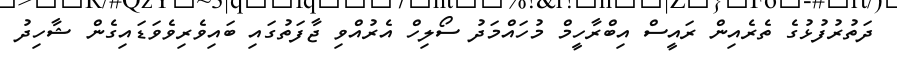
ދަތުރުފުޅުގެ ތެރެއިން ރައީސް އިބްރާހީމް މުހައްމަދު ސޯލިހް އެރުއްވި ޖާފަތުގައި ބައިވެރިވެވަޑައިގެން ޝާހިދު